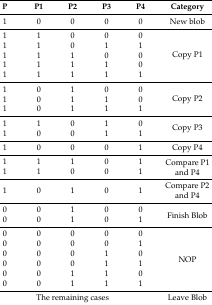
<table><thead><tr><td><b>P</b></td><td><b>P1</b></td><td><b>P2</b></td><td><b>P3</b></td><td><b>P4</b></td><td><b>Category</b></td></tr></thead><tbody><tr><td>1</td><td>0</td><td>0</td><td>0</td><td>0</td><td>New blob</td></tr><tr><td>1</td><td>1</td><td>0</td><td>0</td><td>0</td><td rowspan="5">Copy P1</td></tr><tr><td>1</td><td>1</td><td>0</td><td>1</td><td>1</td></tr><tr><td>1</td><td>1</td><td>1</td><td>0</td><td>0</td></tr><tr><td>1</td><td>1</td><td>1</td><td>1</td><td>0</td></tr><tr><td>1</td><td>1</td><td>1</td><td>1</td><td>1</td></tr><tr><td>1</td><td>0</td><td>1</td><td>0</td><td>0</td><td rowspan="3">Copy P2</td></tr><tr><td>1</td><td>0</td><td>1</td><td>1</td><td>0</td></tr><tr><td>1</td><td>0</td><td>1</td><td>1</td><td>1</td></tr><tr><td>1</td><td>1</td><td>0</td><td>1</td><td>0</td><td rowspan="2">Copy P3</td></tr><tr><td>1</td><td>0</td><td>0</td><td>1</td><td>1</td></tr><tr><td>1</td><td>0</td><td>0</td><td>0</td><td>1</td><td>Copy P4</td></tr><tr><td>1</td><td>1</td><td>1</td><td>0</td><td>1</td><td rowspan="2">Compare P1 and P4</td></tr><tr><td>1</td><td>1</td><td>0</td><td>0</td><td>1</td></tr><tr><td>1</td><td>0</td><td>1</td><td>0</td><td>1</td><td>Compare P2 and P4</td></tr><tr><td>0</td><td>0</td><td>1</td><td>0</td><td>0</td><td rowspan="2">Finish Blob</td></tr><tr><td>0</td><td>0</td><td>1</td><td>0</td><td>1</td></tr><tr><td>0</td><td>0</td><td>0</td><td>0</td><td>0</td><td rowspan="6">NOP</td></tr><tr><td>0</td><td>0</td><td>0</td><td>0</td><td>1</td></tr><tr><td>0</td><td>0</td><td>0</td><td>1</td><td>0</td></tr><tr><td>0</td><td>0</td><td>0</td><td>1</td><td>1</td></tr><tr><td>0</td><td>0</td><td>1</td><td>1</td><td>0</td></tr><tr><td>0</td><td>0</td><td>1</td><td>1</td><td>1</td></tr><tr><td colspan="5">The remaining cases</td><td>Leave Blob</td></tr></tbody></table>